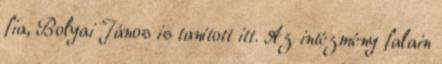
fia, Bolyai János is tanított itt. Az intézmény falain